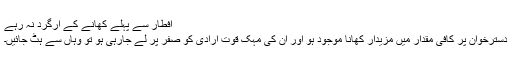
افطار سے پہلے کھانے کے ارگرد نہ رہے
دسترخوان پر کافی مقدار میں مزیدار کھانا موجود ہو اور ان کی مہک قوت ارادی کو صفر پر لے جارہی ہو تو وہاں سے ہٹ جائیں۔